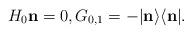
LaTeX: \begin{align*}H_0\mathbf n=0,G_{0,1}=-|\mathbf n\rangle\langle\mathbf n|.\end{align*}